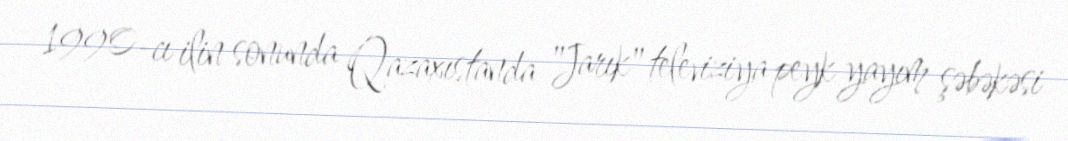
1990-cı ilin sonunda Qazaxıstanda "Jarık" televiziya peyk yayım şəbəkəsi